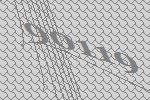
90119